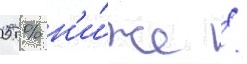
05 % н'и́же /